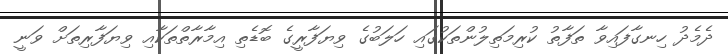
ދެމެދު ހިނގާފައިވާ ތަފާތު ކުރިމަތިލުންތަކުގައި ހަލަބުގެ ވިޔަފާރީގެ ބޮޑެތި އިމާރާތްތަކާއި ވިޔަފާރިތަށް ވަނީ